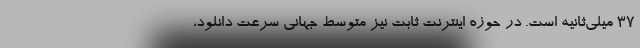
۳۷ میلی‌ثانیه است. در حوزه اینترنت ثابت نیز متوسط جهانی سرعت دانلود،